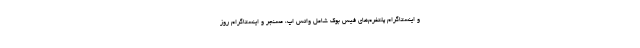
و اینستاگرام پلتفرم‌های فیس بوک شامل واتس اپ، مسنجر و اینستاگرام روز